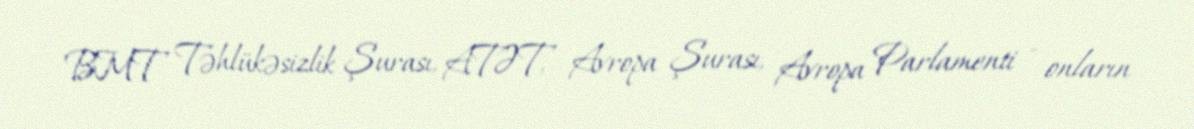
BMT Təhlükəsizlik Şurası, ATƏT, Avropa Şurası, Avropa Parlamenti - onların